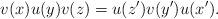
LaTeX: \begin{align*}v(x)u(y)v(z)=u(z')v(y')u(x').\end{align*}